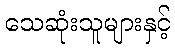
သေဆုံးသူများနှင့်